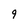
Character: 9